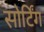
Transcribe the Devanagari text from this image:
सोर्टिंग